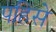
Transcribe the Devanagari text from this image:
पहिसे